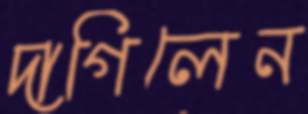
দাগিলেন